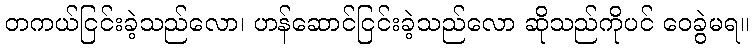
တကယ်ငြင်းခဲ့သည်လော၊ ဟန်ဆောင်ငြင်းခဲ့သည်လော ဆိုသည်ကိုပင် ဝေခွဲမရ။